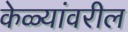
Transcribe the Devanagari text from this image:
केळ्यांवरील